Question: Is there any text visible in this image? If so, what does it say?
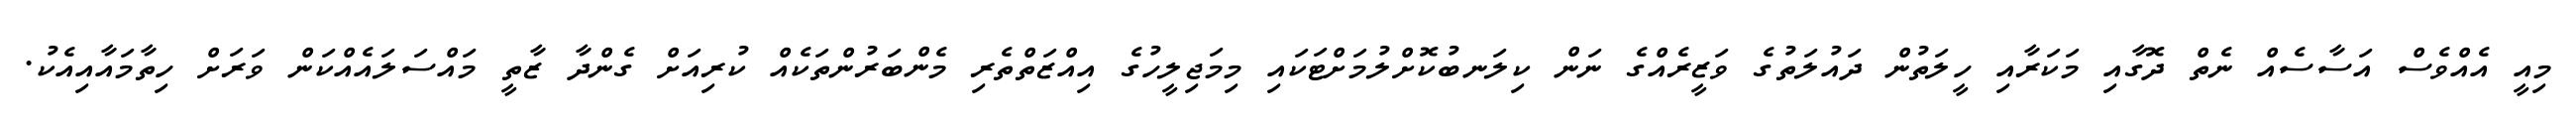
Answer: މިއީ އެއްވެސް އަސާސެއް ނެތް ދޮގާއި މަކަރާއި ހީލަތުން ދައުލަތުގެ ވަޒީރެއްގެ ނަން ކިލަނބުކޮށްލުމަށްޓަކައި މިމަޖިލީހުގެ އިއްޒަތްތެރި މެންބަރުންތަކެއް ކުރިއަށް ގެންދާ ޒާތީ މައްސަލައެއްކަން ވަރަށް ހިތާމައާއިއެކު.